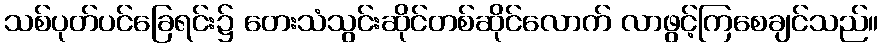
သစ်ပုတ်ပင်ခြေရင်း၌ တေးသံသွင်းဆိုင်တစ်ဆိုင်လောက် လာဖွင့်ကြစေချင်သည်။